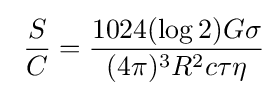
\ {\frac {S}{C}}={\frac {1024(\log 2)G\sigma }{(4\pi )^{3}R^{2}c\tau \eta }}